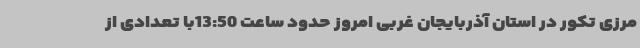
مرزی تکور در استان آذربایجان غربی امروز حدود ساعت 13:50با تعدادی از